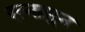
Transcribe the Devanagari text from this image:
रत्‍नासुन